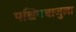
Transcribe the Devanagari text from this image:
पश्चिमबाजुला